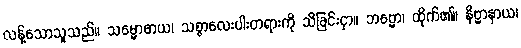
လန့်သောသူသည်။ သမ္ဗောဓာယ၊ သစ္စာလေးပါးတရားကို သိခြင်းငှာ။ ဘဗ္ဗော၊ ထိုက်၏။ နိဗ္ဗာနာယ၊